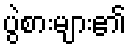
ပွဲစားများ၏